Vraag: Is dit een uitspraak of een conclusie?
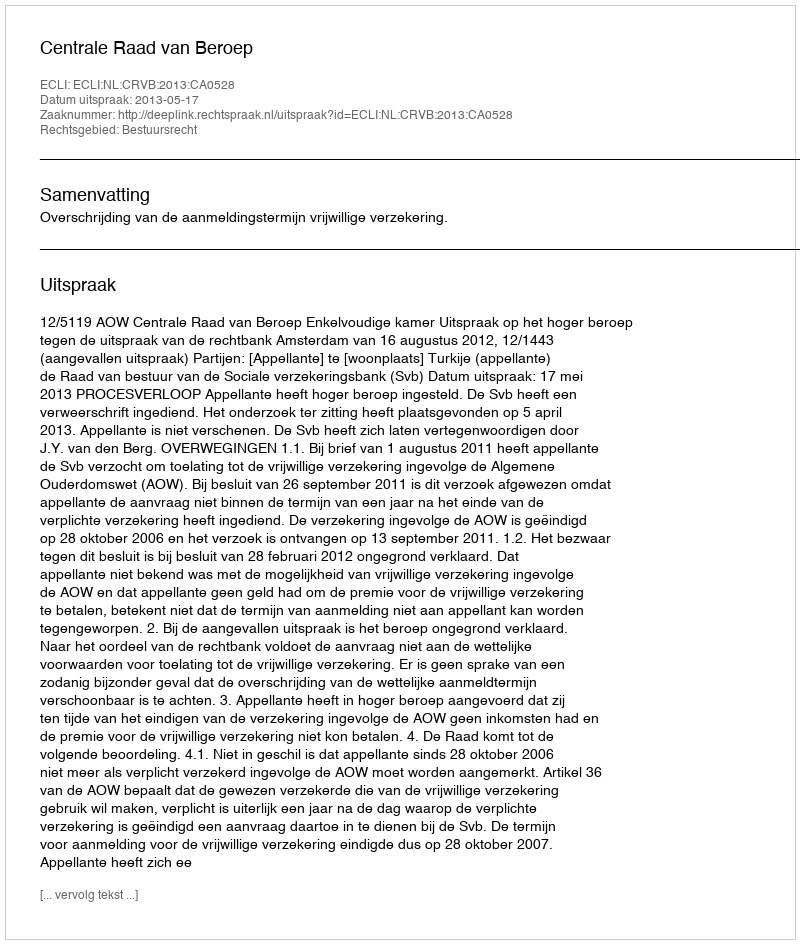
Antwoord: Uitspraak